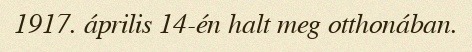
1917. április 14-én halt meg otthonában.